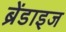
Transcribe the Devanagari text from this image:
ब्रेंडाइज